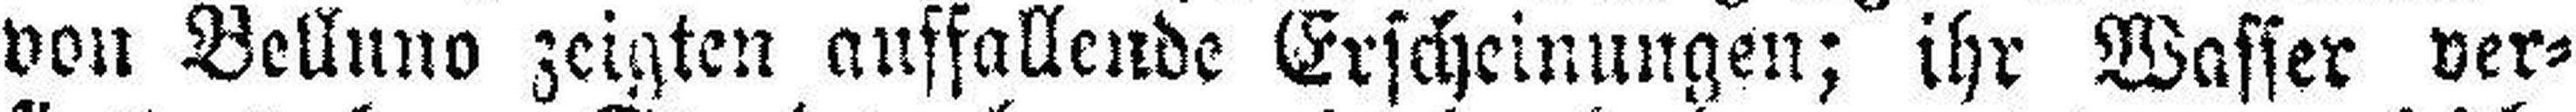
von Belluno zeigten auffallende Erscheinungen; ihr Wasser ver¬